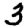
Digit: 3